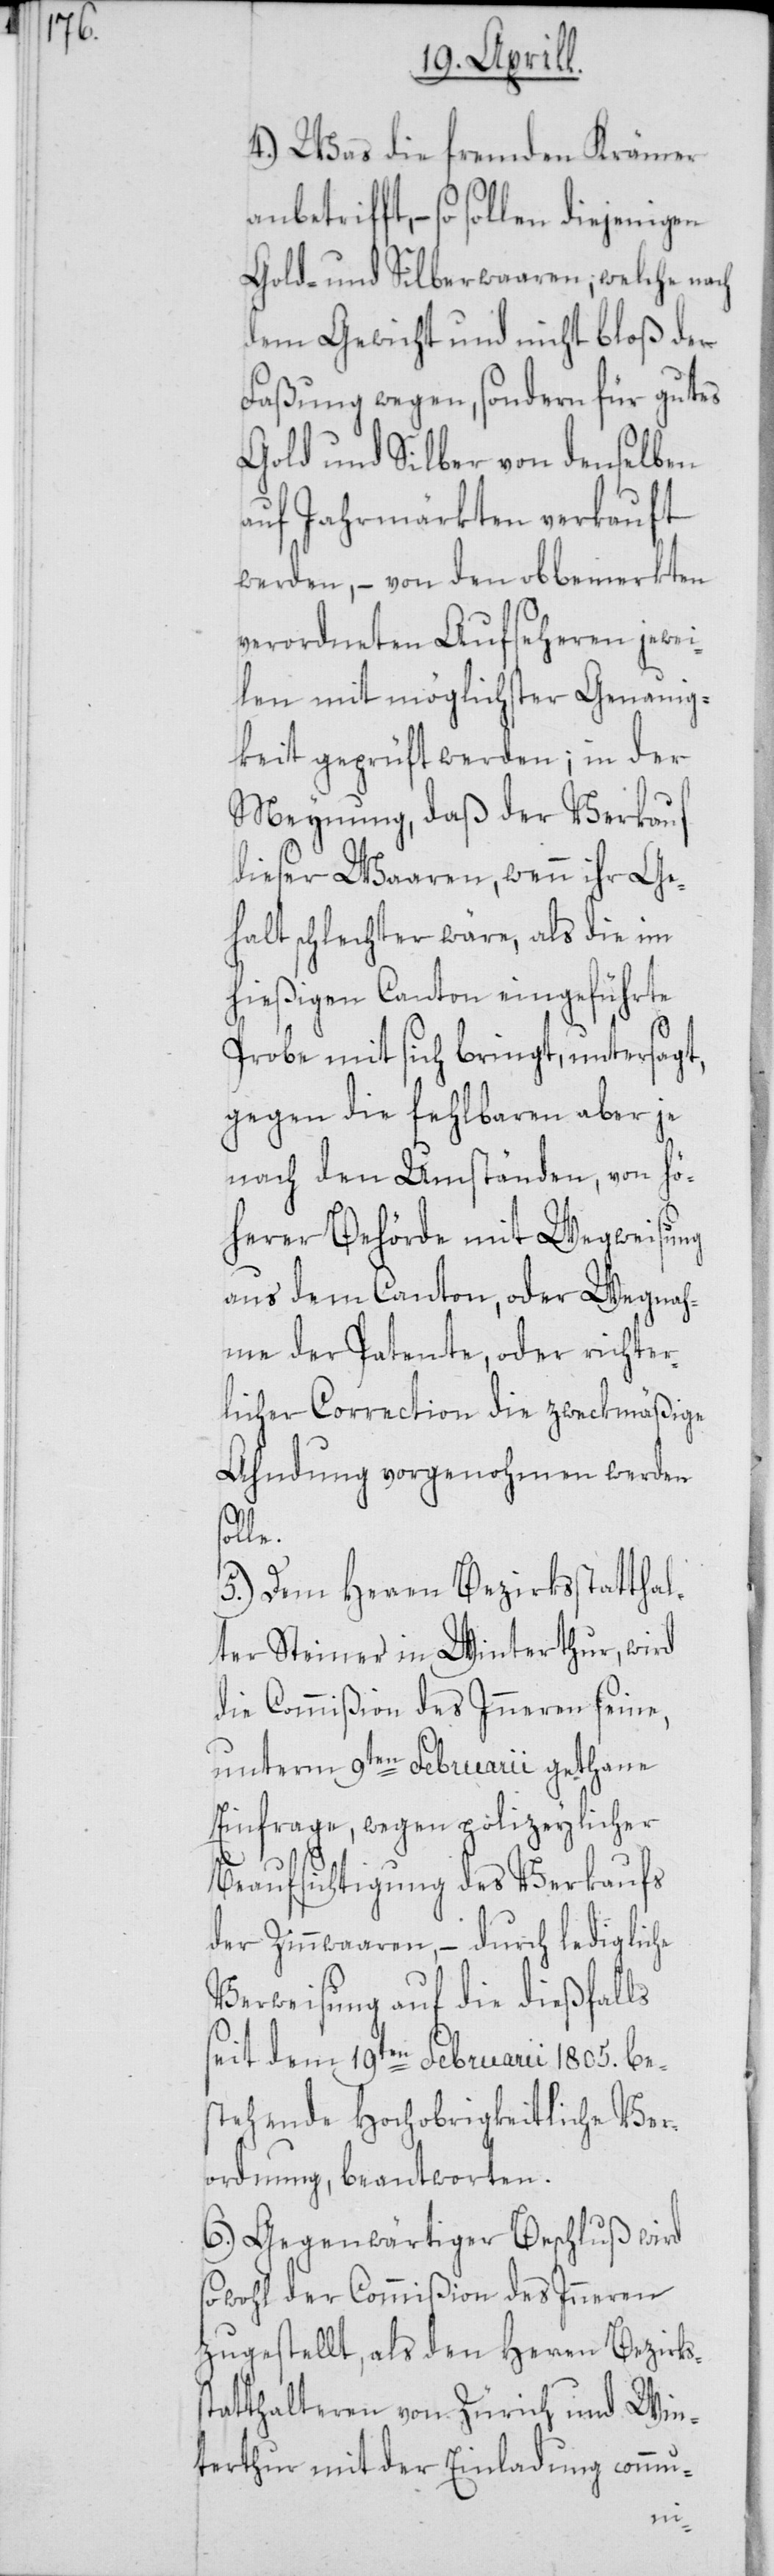
4.) Was die fremden Krämer
Gold- und Silberwaaren; welche nach
dem Gewicht und nicht bloß der
Faßung wegen, sondern für gutes
Gold und Silber von denselben
auf Jahrmärkten verkauft
werden, – von den obbemerkten
verordneten Aufseheren jewei¬
len mit möglichster Genauig¬
keit geprüft werden; in der
Meynung, daß der Verkauf
dieser Waaren, wenn ihr Ge¬
halt schlechter wäre, als die im
hießigen Canton eingeführte
Probe mit sich bringt, untersagt,
gegen die fehlbaren aber je
nach den Umständen, von hö¬
herer Behörde mit Wegweisung
aus dem Canton, oder Wegnah¬
me der Patente, oder richter¬
licher Correction die zweckmäßige
Ahndung vorgenohmen werden
5.) Dem Herren Bezirksstatthal¬
ter Steiner in Winterthur, wird
die Commißion des Inneren seine,
unterm 9ten Februarii gethane
Einfrage, wegen polizeylicher
Beaufsichtigung des Verkaufs
der Zinnwaaren, – durch ledigliche
Verweisung auf die dießfalls
seit dem 19ten Februarii 1805. be¬
stehende Hochobrigkeitliche Ver¬
ordnung, beantworten.
6.) Gegenwärtiger Beschluß wird
sowohl der Commißion des Inneren
zugestellt, als den Herren Bezirks¬
tatthalteren von Zürich und Win¬
terthur mit der Einladung commu-
s¬